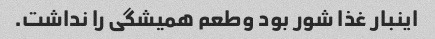
اینبار غذا شور بود وطعم همیشگی را نداشت.